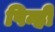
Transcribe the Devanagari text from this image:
पिन्ही